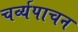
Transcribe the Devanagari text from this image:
चर्व्यपाचन